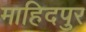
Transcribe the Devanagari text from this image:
माहिदपुर